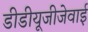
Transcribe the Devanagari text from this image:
डीडीयूजीजेवाई